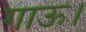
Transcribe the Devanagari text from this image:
गाऊ।